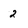
Character: 2